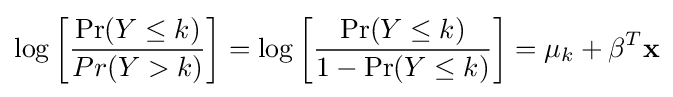
\log \left[{\frac {\Pr(Y\leq k)}{Pr(Y>k)}}\right]=\log \left[{\frac {\Pr(Y\leq k)}{1-\Pr(Y\leq k)}}\right]=\mu _{k}+\mathbf {\beta } ^{T}\mathbf {x}